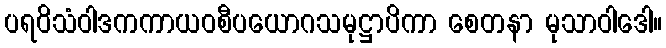
ပရဝိသံဝါဒကကာယဝစီပယောဂသမုဋ္ဌာပိကာ စေတနာ မုသာဝါဒေါ။